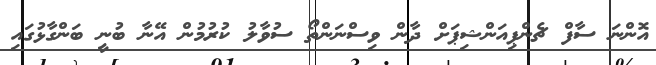
އޮންނަ ސާފް ޗެންޕިއަންޝިޕަށް ދާން ވިސްނަންތޯ ސުވާލު ކުރުމުން އޭނާ ބުނީ ބަންގާޅުގައި